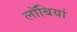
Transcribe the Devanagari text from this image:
लॉबियां